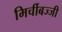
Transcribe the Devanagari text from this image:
मिर्चीबज्जी